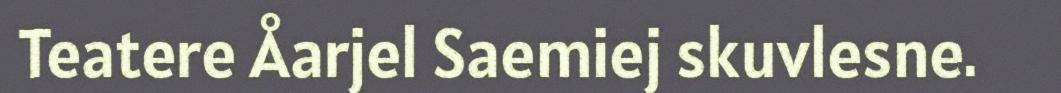
Teatere Åarjel Saemiej skuvlesne.